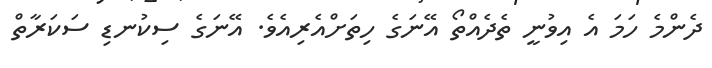
ދެންމެ ހަމަ އެ އިވުނީ ތެދެއްތޯ އޭނަގެ ހިތަށްއެރިއެވެ. އޭނަގެ ސިކުނޑި ސަކަރާތް